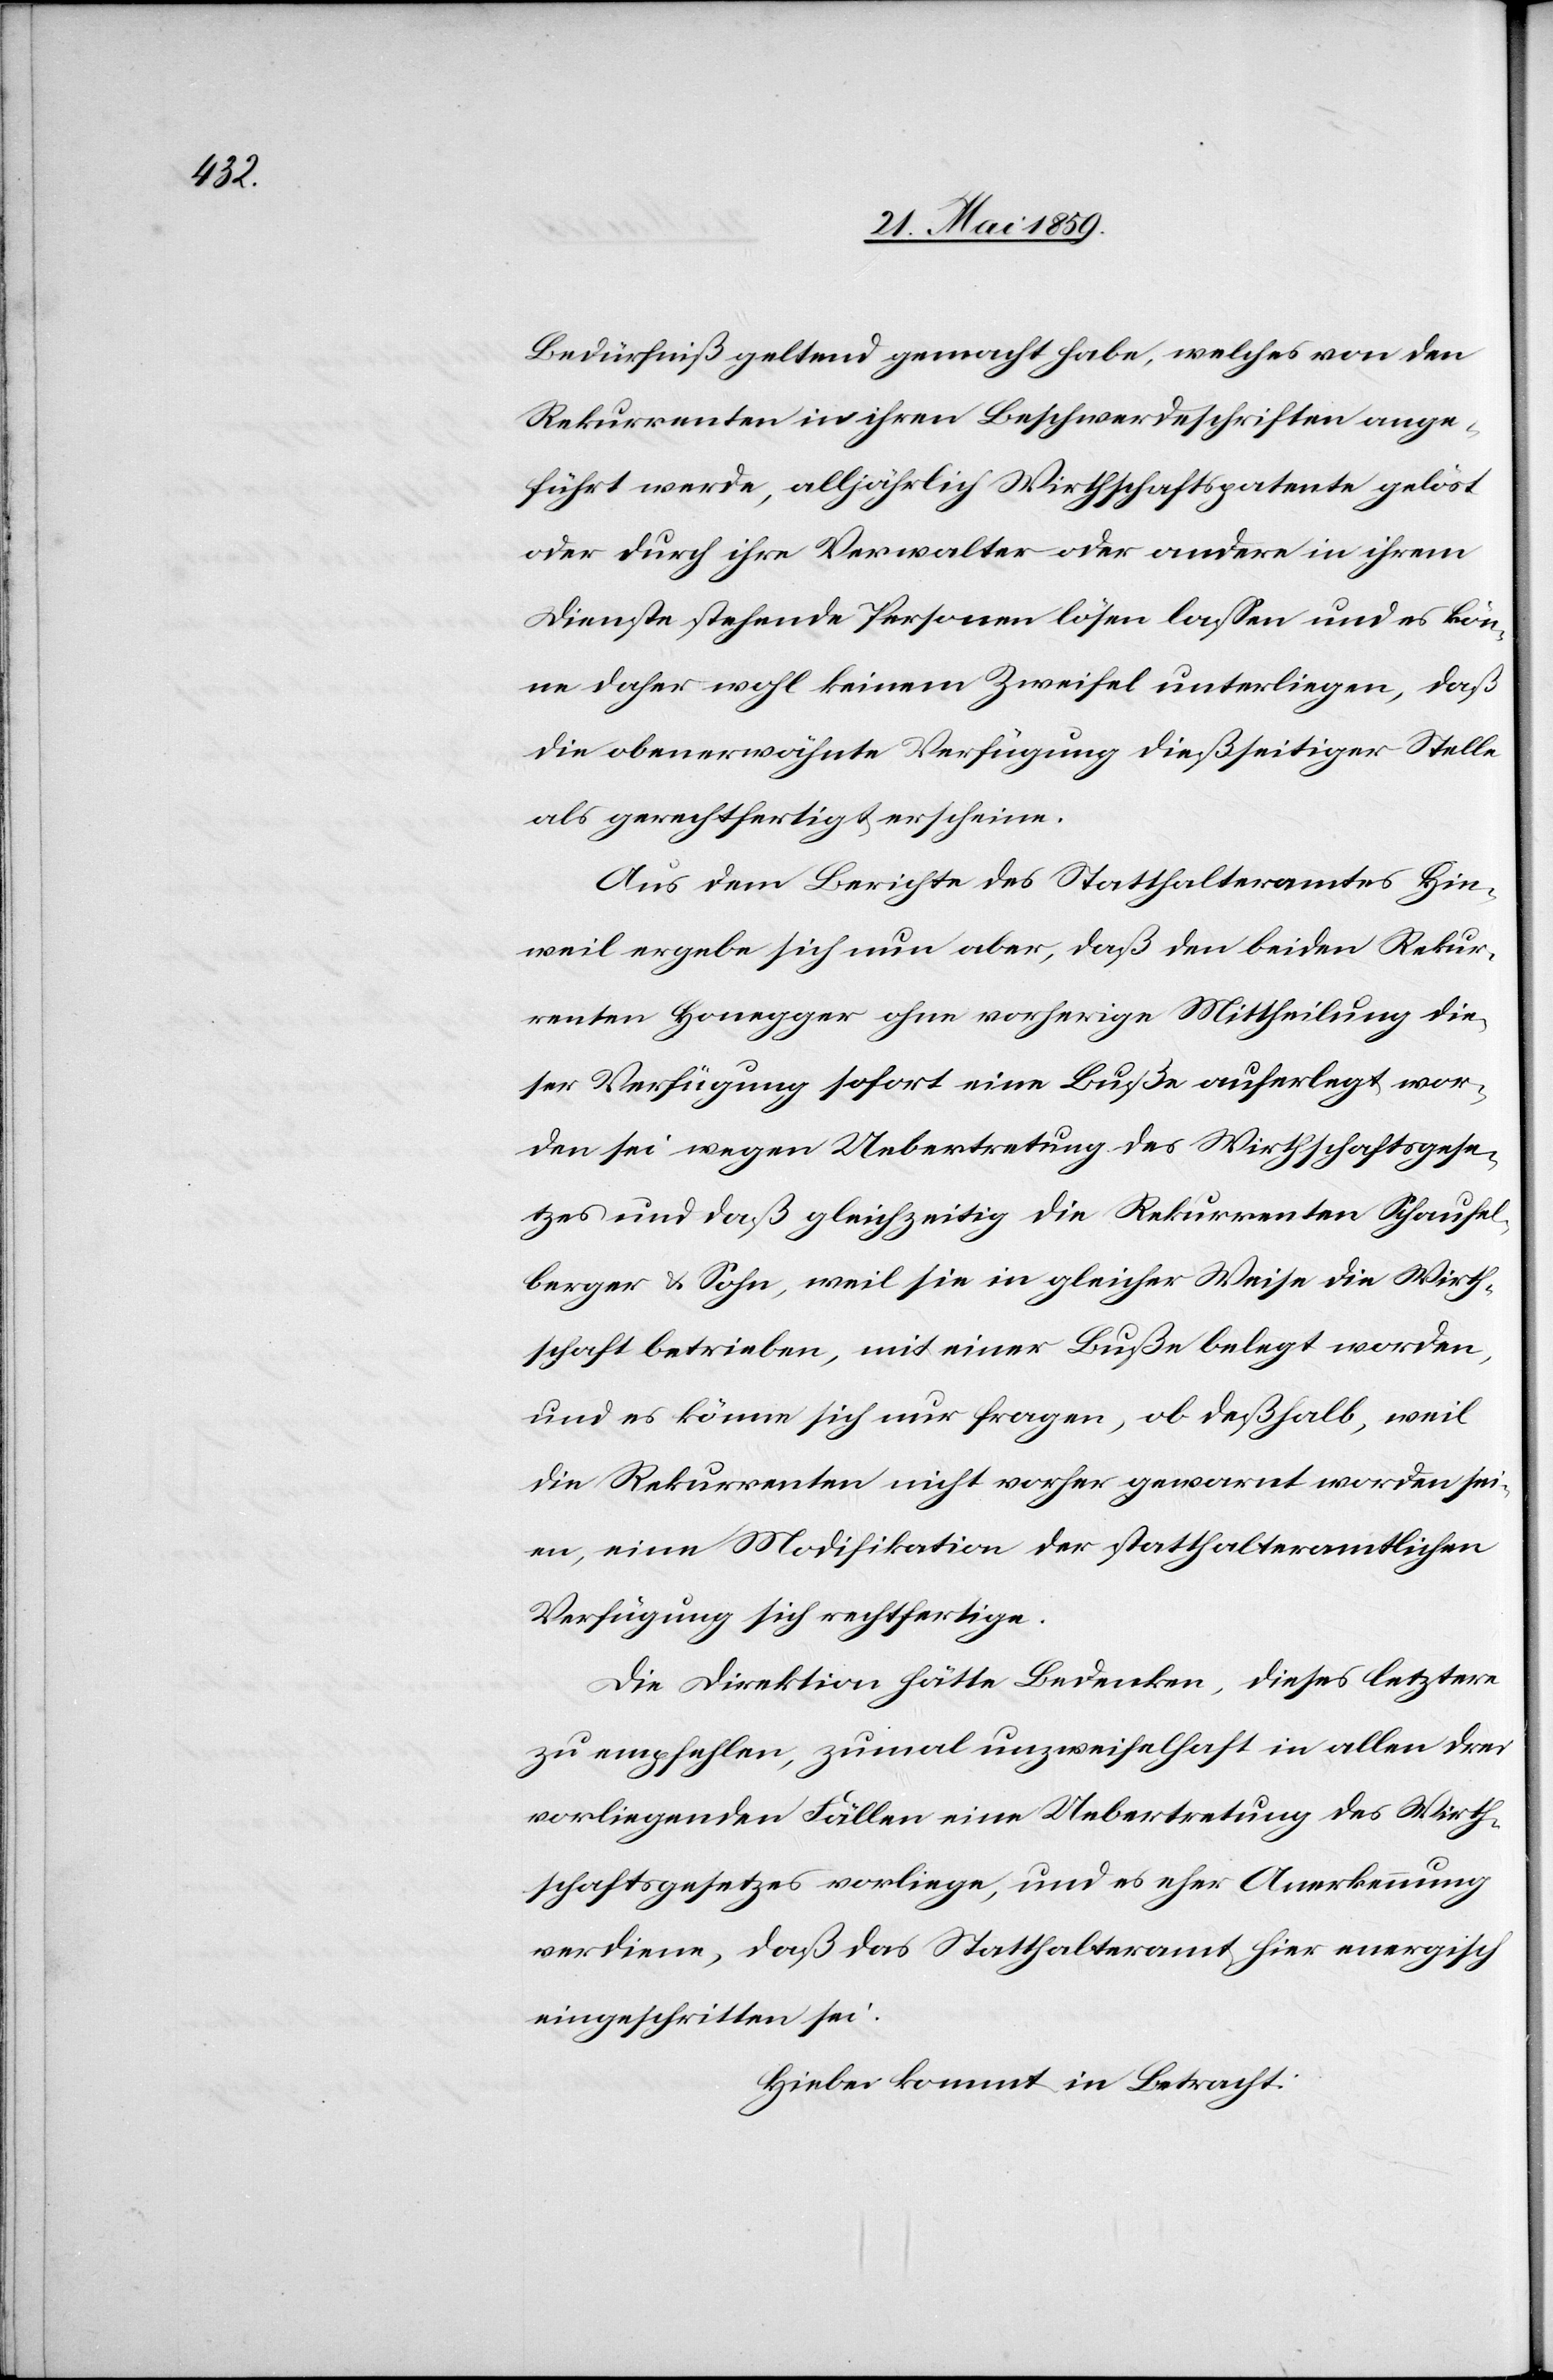
Bedürfniß geltend gemacht habe, welches von den
Rekurrenten in ihren Beschwerdeschriften ange¬
führt werde, alljährlich Wirtschaftspatente gelöst
oder durch ihre Verwalter oder andere in ihrem
Diensten stehende Personen lösen lassen und es kön¬
ne daher wohl keinem Zweifel unterliegen, daß
die obenerwähnte Verfügung dießseitiger Stelle
als gerechtfertigt erscheine.
Aus dem Berichte des Statthalteramtes Hin¬
weil ergebe sich nun aber, daß den beiden Rekur¬
renten Honegger ohne vorherige Mittheilung die¬
ser Verfügung sofort eine Buße auferlegt wor¬
den sei wegen Uebertretung des Wirtschaftsgese¬
tzes und daß gleichzeitig die Rekurrenten Schaufel¬
berger & Sohn, weil sie in gleicher Weise die Wirth¬
schaft betrieben, mit einer Buße belegt worden,
und es könne sich nur fragen, ob deßhalb, weil
die Rekurrenten nicht vorher gewarnt worden sei¬
en, eine Modifikation der statthalteramtlichen
Verfügung sich rechtfertige.
Die Direktion hätte Bedenken, dieses letztere
zu empfehlen, zumal unzweifelhaft in allen drei
vorliegenden Fällen eine Uebertretung des Wirth¬
schaftsgesetztes vorliege, und es eher Anerkennung
verdiene, daß das Statthalteramt hier energisch
eingeschritten sei.
Hiebei kommt in Betracht: